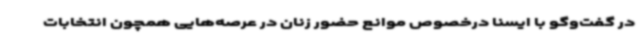
در گفت‌وگو با ایسنا درخصوص موانع حضور زنان در عرصه‌هایی همچون انتخابات